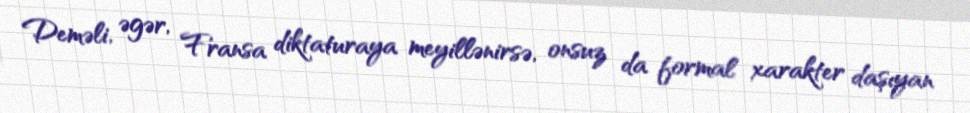
Deməli, əgər, Fransa diktaturaya meyillənirsə, onsuz da formal xarakter daşıyan